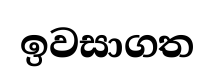
ඉවසාගත